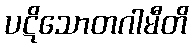
ပဋိသောတဂါမီတိ